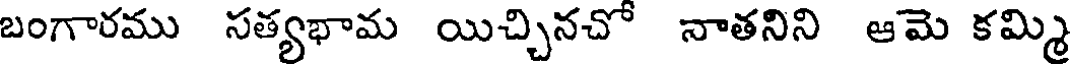
బంగారము సత్యభామ యిచ్చినచో నాతనిని ఆమె కమ్మి